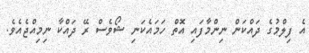
އެ ފިލްމުގެ ދައްކަން ނިންމާފައި އޮތް ހަމައެކަނި ޝޯވެސް ރޭ ދައްކާ ނިމިއްޖެއެވެ.